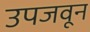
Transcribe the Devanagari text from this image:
उपजवून